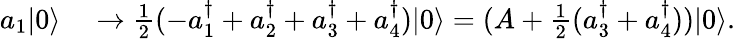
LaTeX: \begin{array}{rl}{a_{1}|0\rangle}&{{}\rightarrow\frac 12(-a_{1}^{\dagger}+a_{2}^{\dagger}+a_{3}^{\dagger}+a_{4}^{\dagger})|0\rangle=(A+\frac 12(a_{3}^{\dagger}+a_{4}^{\dagger}))|0\rangle.}\end{array}